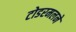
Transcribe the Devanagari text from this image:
टोडरमलने